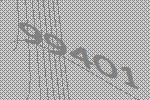
99401